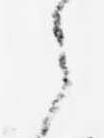
之